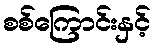
စစ်ကြောင်းနှင့်